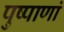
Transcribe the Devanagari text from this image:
पुष्पाणां